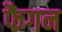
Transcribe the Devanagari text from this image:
फैगन